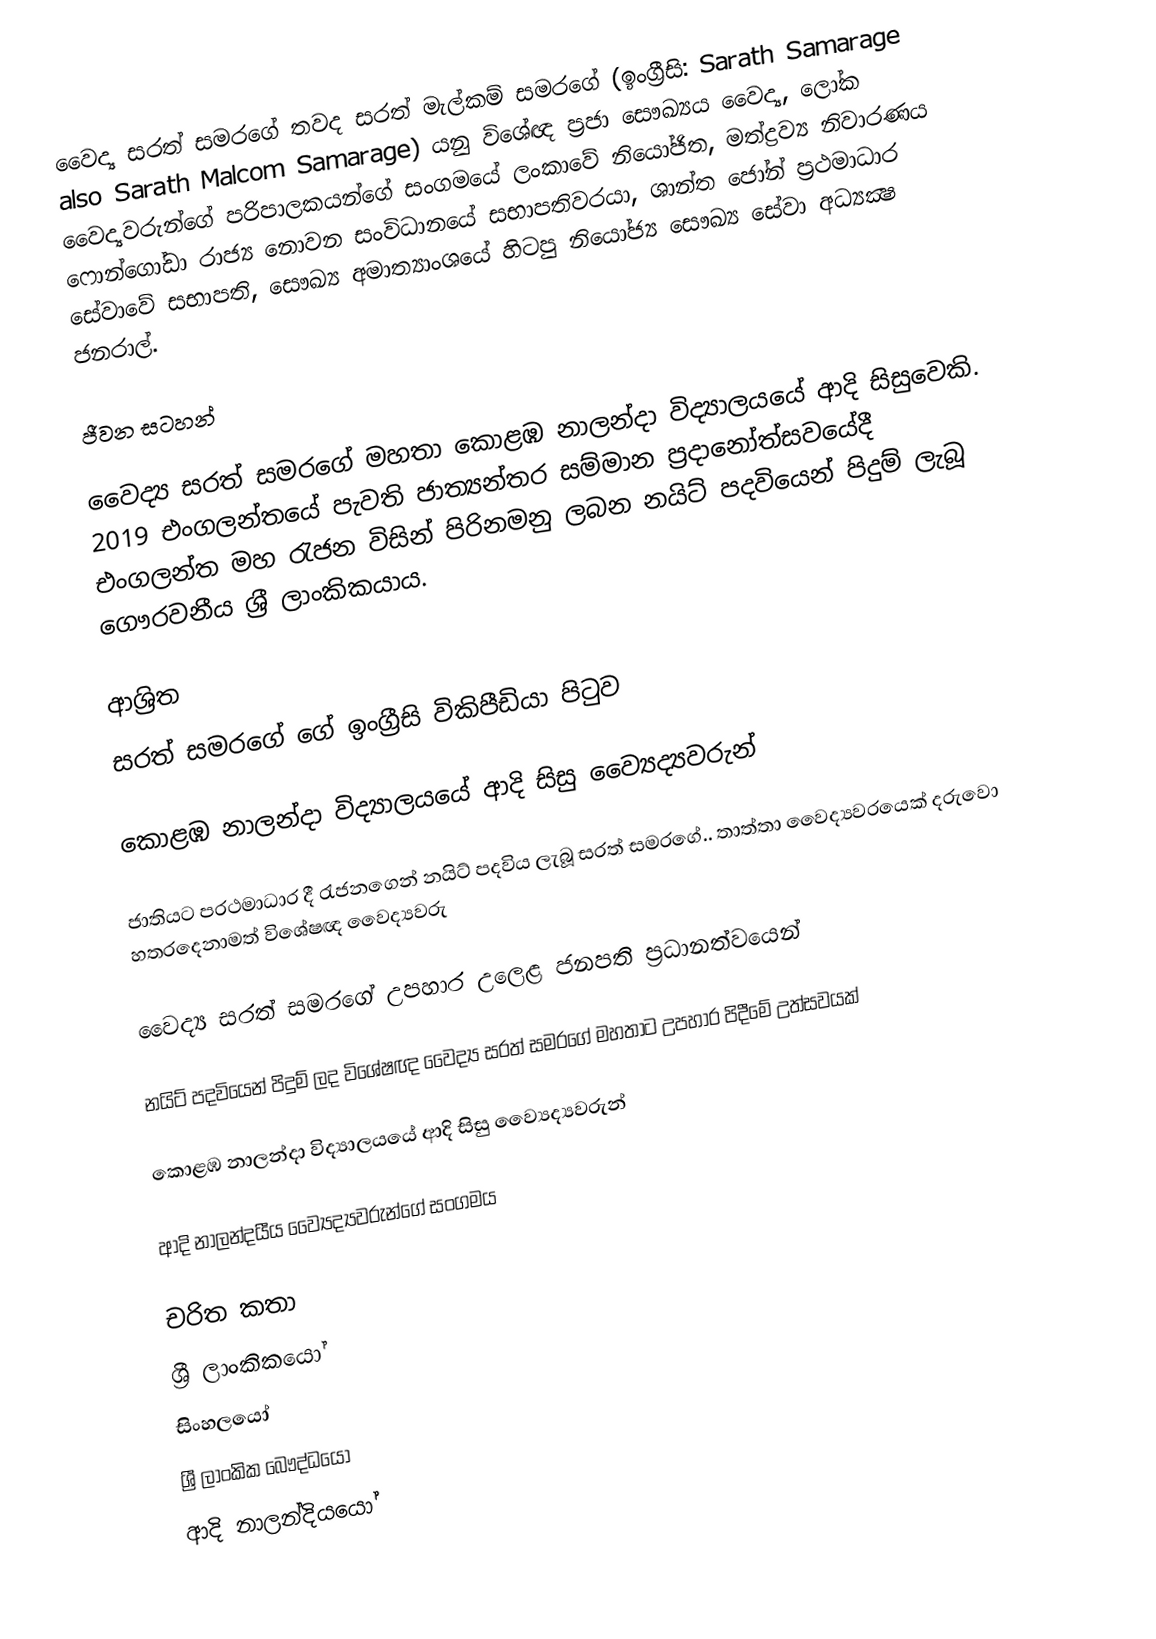
වෛද්‍ය සරත් සමරගේ තවද සරත් මැල්කම් සමරගේ (ඉංග්‍රීසි: Sarath Samarage also Sarath Malcom Samarage) යනු විශේඥ ප්‍රජා සෞඛ්‍යය වෛද්‍ය, ලෝක වෛද්‍යවරුන්ගේ පරිපාලකයන්ගේ සංගමයේ ලංකාවේ නියෝජිත, මත්ද්‍රව්‍ය නිවාරණය ෆොන්ගෝඩා රාජ්‍ය නොවන සංවිධානයේ සභාපතිවරයා, ශාන්ත ජෝන් ප‍්‍රථමාධාර සේවාවේ සභාපති, සෞඛ්‍ය අමාත්‍යාංශයේ හිටපු නියෝජ්‍ය සෞඛ්‍ය සේවා අධ්‍යක්‍ෂ ජනරාල්.

ජීවන සටහන්

වෛද්‍ය සරත් සමරගේ මහතා  කොළඹ නාලන්දා විද්‍යාලයයේ ආදි සිසුවෙකි. 2019 එංගලන්තයේ පැවති ජාත්‍යන්තර සම්මාන ප‍්‍රදානෝත්සවයේදී එංගලන්ත මහ රැජන විසින් පිරිනමනු ලබන නයිට් පදවියෙන් පිදුම් ලැබූ ගෞරවනීය ශ‍්‍රී ලාංකිකයාය.

ආශ්‍රිත
 සරත් සමරගේ ගේ ඉංග්‍රීසි විකිපීඩියා පිටුව

 කොළඹ නාලන්දා විද්‍යාලයයේ ආදි සිසු ව්‍යෛද්‍යවරුන්

 ජාතියට ප‍්‍රථමාධාර දී රැජනගෙන් නයිට් පදවිය ලැබූ සරත් සමරගේ.. තාත්තා වෛද්‍යවරයෙක් දරුවො හතරදෙනාමත් විශේෂඥ වෛද්‍යවරු

 වෛද්‍ය සරත් සමරගේ උපහාර උලෙළ ජනපති ප්‍රධානත්වයෙන්

 නයිට් පදවියෙන් පිදුම් ලද විශේෂඥ වෛද්‍ය සරත් සමරගේ මහතාට උපහාර පිදීමේ උත්සවයක්

 කොළඹ නාලන්දා විද්‍යාලයයේ ආදි සිසු ව්‍යෛද්‍යවරුන්

 ආදි නාලන්දයීය ව්‍යෛද්‍යවරුන්ගේ සංගමය

චරිත කතා
ශ්‍රී ලාංකිකයෝ
සිංහලයෝ
ශ්‍රී ලාංකික බෞද්ධයෝ
ආදි නාලන්දියයෝ